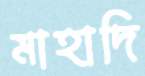
মাহাদি